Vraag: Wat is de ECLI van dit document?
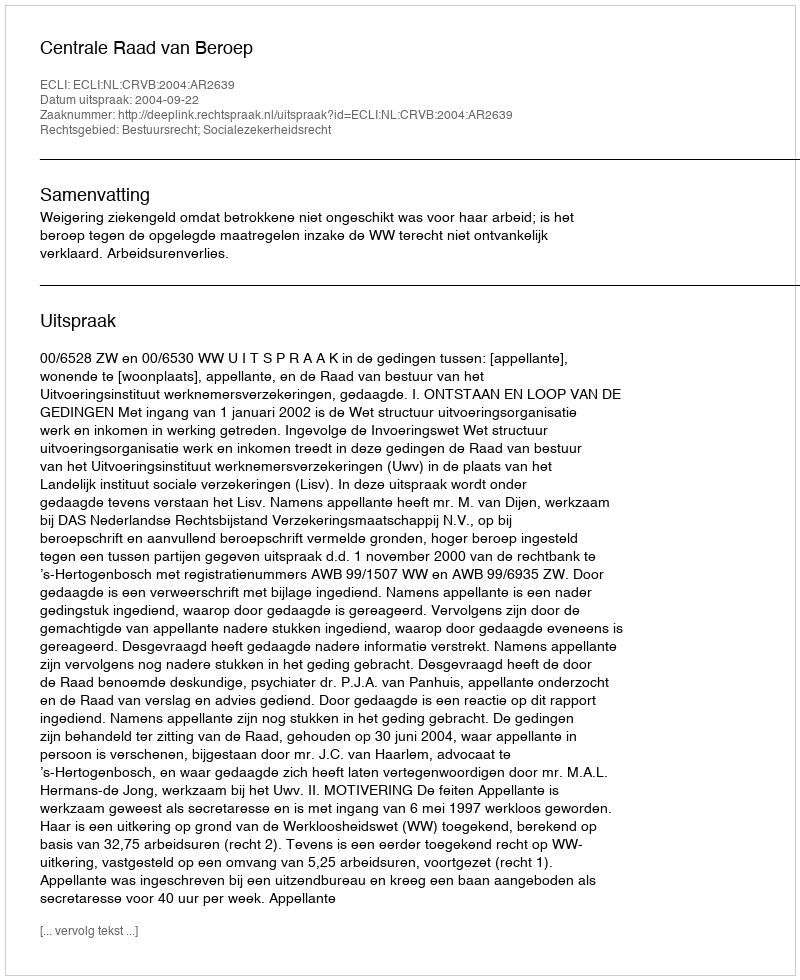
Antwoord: ECLI:NL:CRVB:2004:AR2639